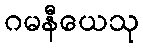
ဂမနီယေသု